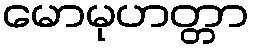
မောမုဟတ္တာ